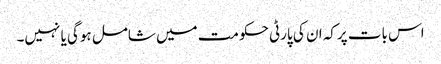
اس بات پرکہ ان کی پارٹی حکومت میں شامل ہوگی یا نہیں۔